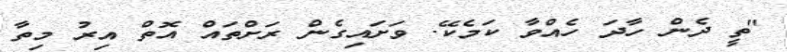
"ތީ ދެން ހާދަ ހެއްވާ ކަމެކޭ. ވަށައިގެން ރަށްތައް އޮތް އިރު މިތާ